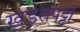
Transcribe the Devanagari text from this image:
खडसपट्टी